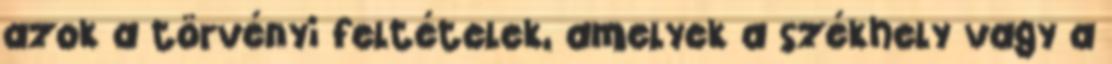
azok a törvényi feltételek, amelyek a székhely vagy a